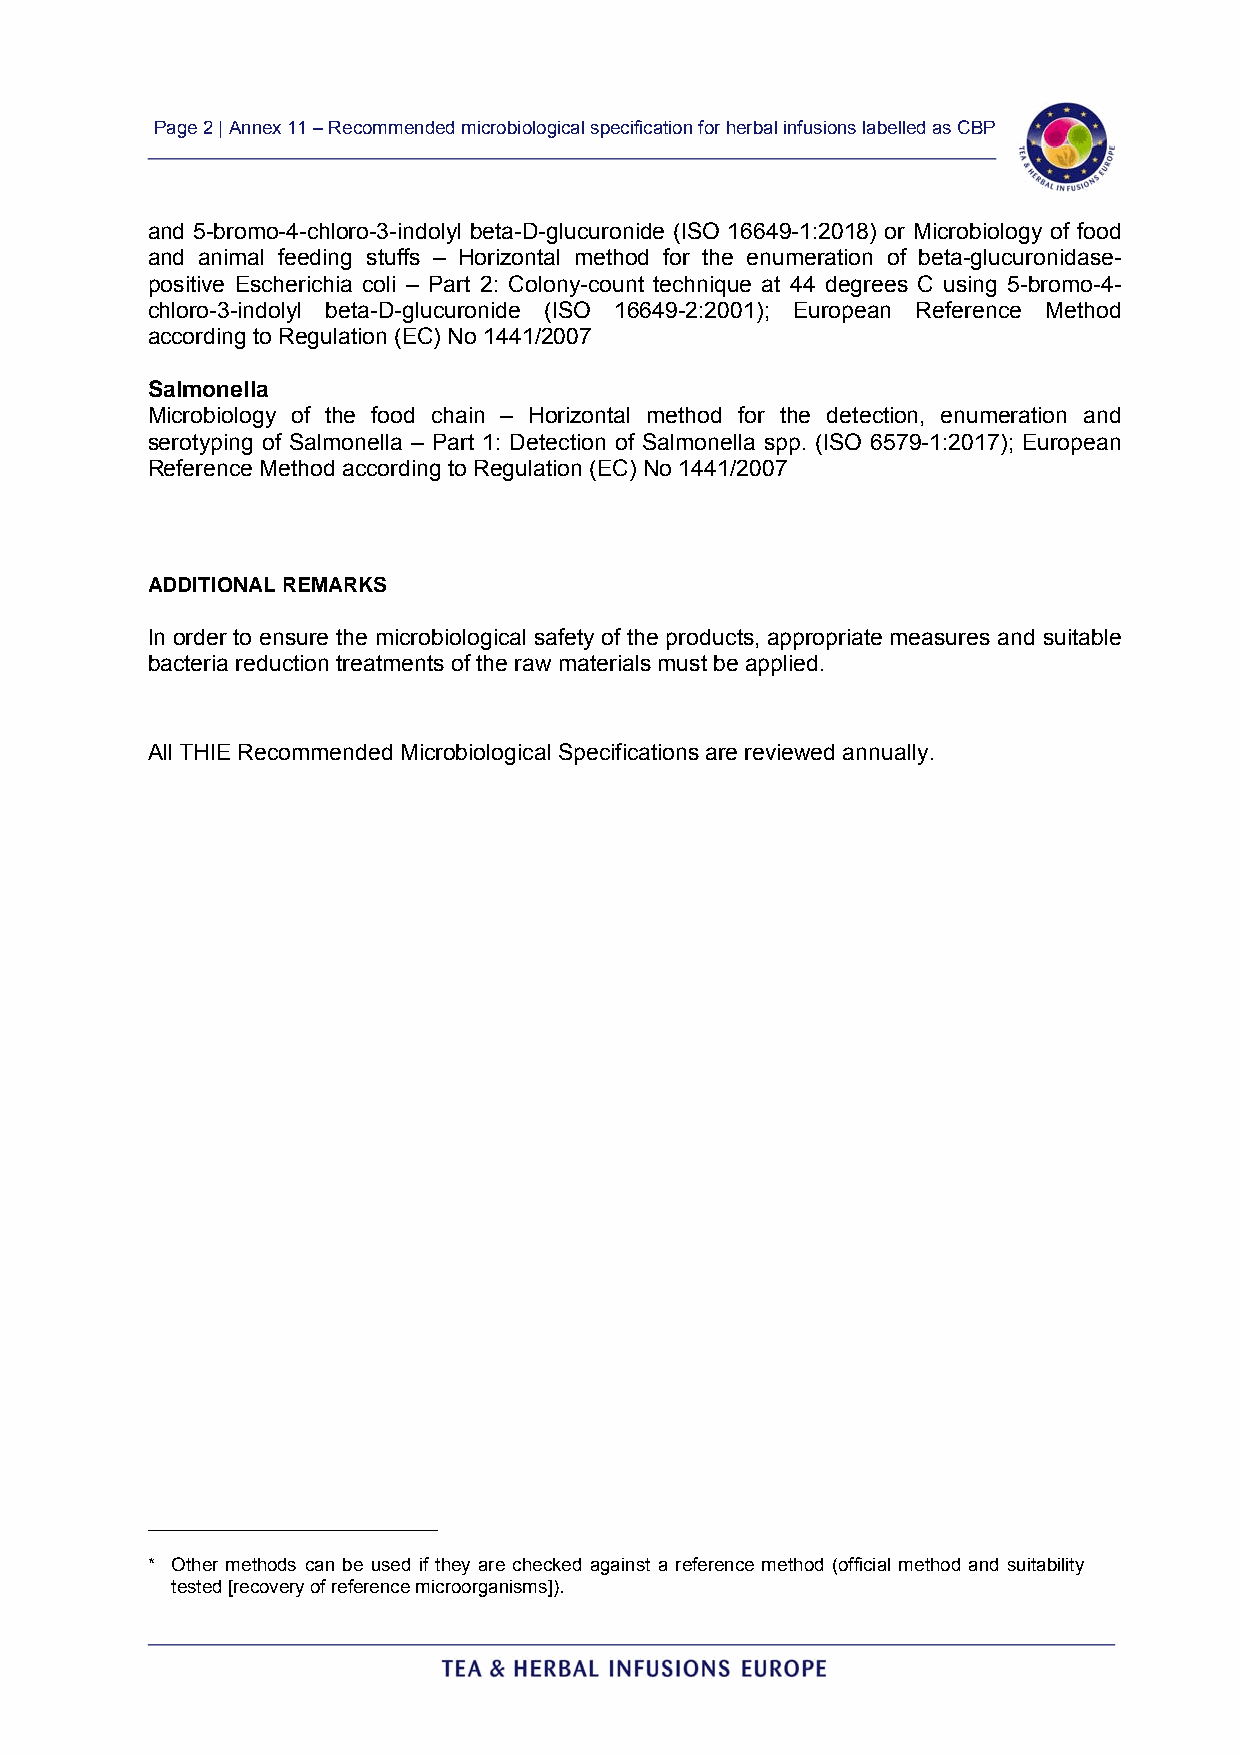
Page 2 | Annex 11 – Recommended microbiological specification for herbal infusions labelled as CBP
 and 5-bromo-4-chloro-3-indolyl beta-D-glucuronide (ISO 16649-1:2018) or Microbiology of food
 and animal feeding stuffs – Horizontal method for the enumeration of beta-glucuronidase-
 positive Escherichia coli – Part 2: Colony-count technique at 44 degrees C using 5-bromo-4-
 chloro-3-indolyl beta-D-glucuronide (ISO 16649-2:2001); European Reference Method
 according to Regulation (EC) No 1441/2007
 Salmonella
 Microbiology of the food chain – Horizontal method for the detection, enumeration and
 serotyping of Salmonella – Part 1: Detection of Salmonella spp. (ISO 6579-1:2017); European
 Reference Method according to Regulation (EC) No 1441/2007
 ADDITIONAL REMARKS
 In order to ensure the microbiological safety of the products, appropriate measures and suitable
 bacteria reduction treatments of the raw materials must be applied.
 All THIE Recommended Microbiological Specifications are reviewed annually.
 _________________________
 * Other methods can be used if they are checked against a reference method (official method and suitability
 tested [recovery of reference microorganisms]).